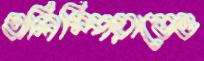
অলিম্পিয়াডেও